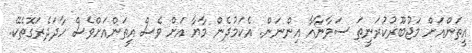
އީތަންއަށް މަޖުބޫރުކުރަނީތަ ސަވާނާއާ އިންނަން. އެކަމުދެން މާޔާ އަށް ވެސް އީތަންއަށްވެސް ހާދަދެރަގޮތެކޭ.